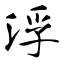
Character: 浮